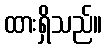
ထားရှိသည်။